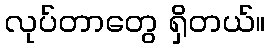
လုပ်တာတွေ ရှိတယ်။